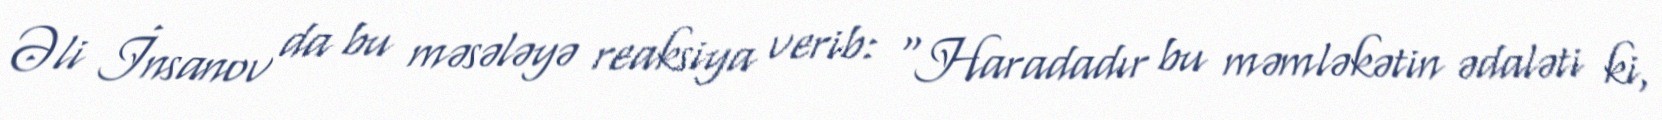
Əli İnsanov da bu məsələyə reaksiya verib: “Haradadır bu məmləkətin ədaləti ki,